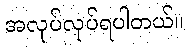
အလုပ်လုပ်ရပါတယ်။